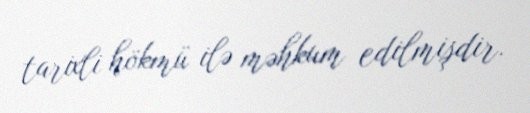
tarixli hökmü ilə məhkum edilmişdir.